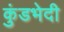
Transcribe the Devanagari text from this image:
कुंडभेदी